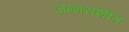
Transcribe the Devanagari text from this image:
जन्मराशीत